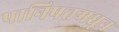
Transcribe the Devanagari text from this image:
पानिपतमधून